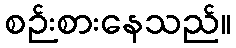
စဉ်းစားနေသည်။